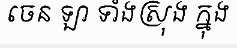
ចេន ឡា ទាំងស្រុង ក្នុង